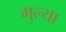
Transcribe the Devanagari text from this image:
मुल्या